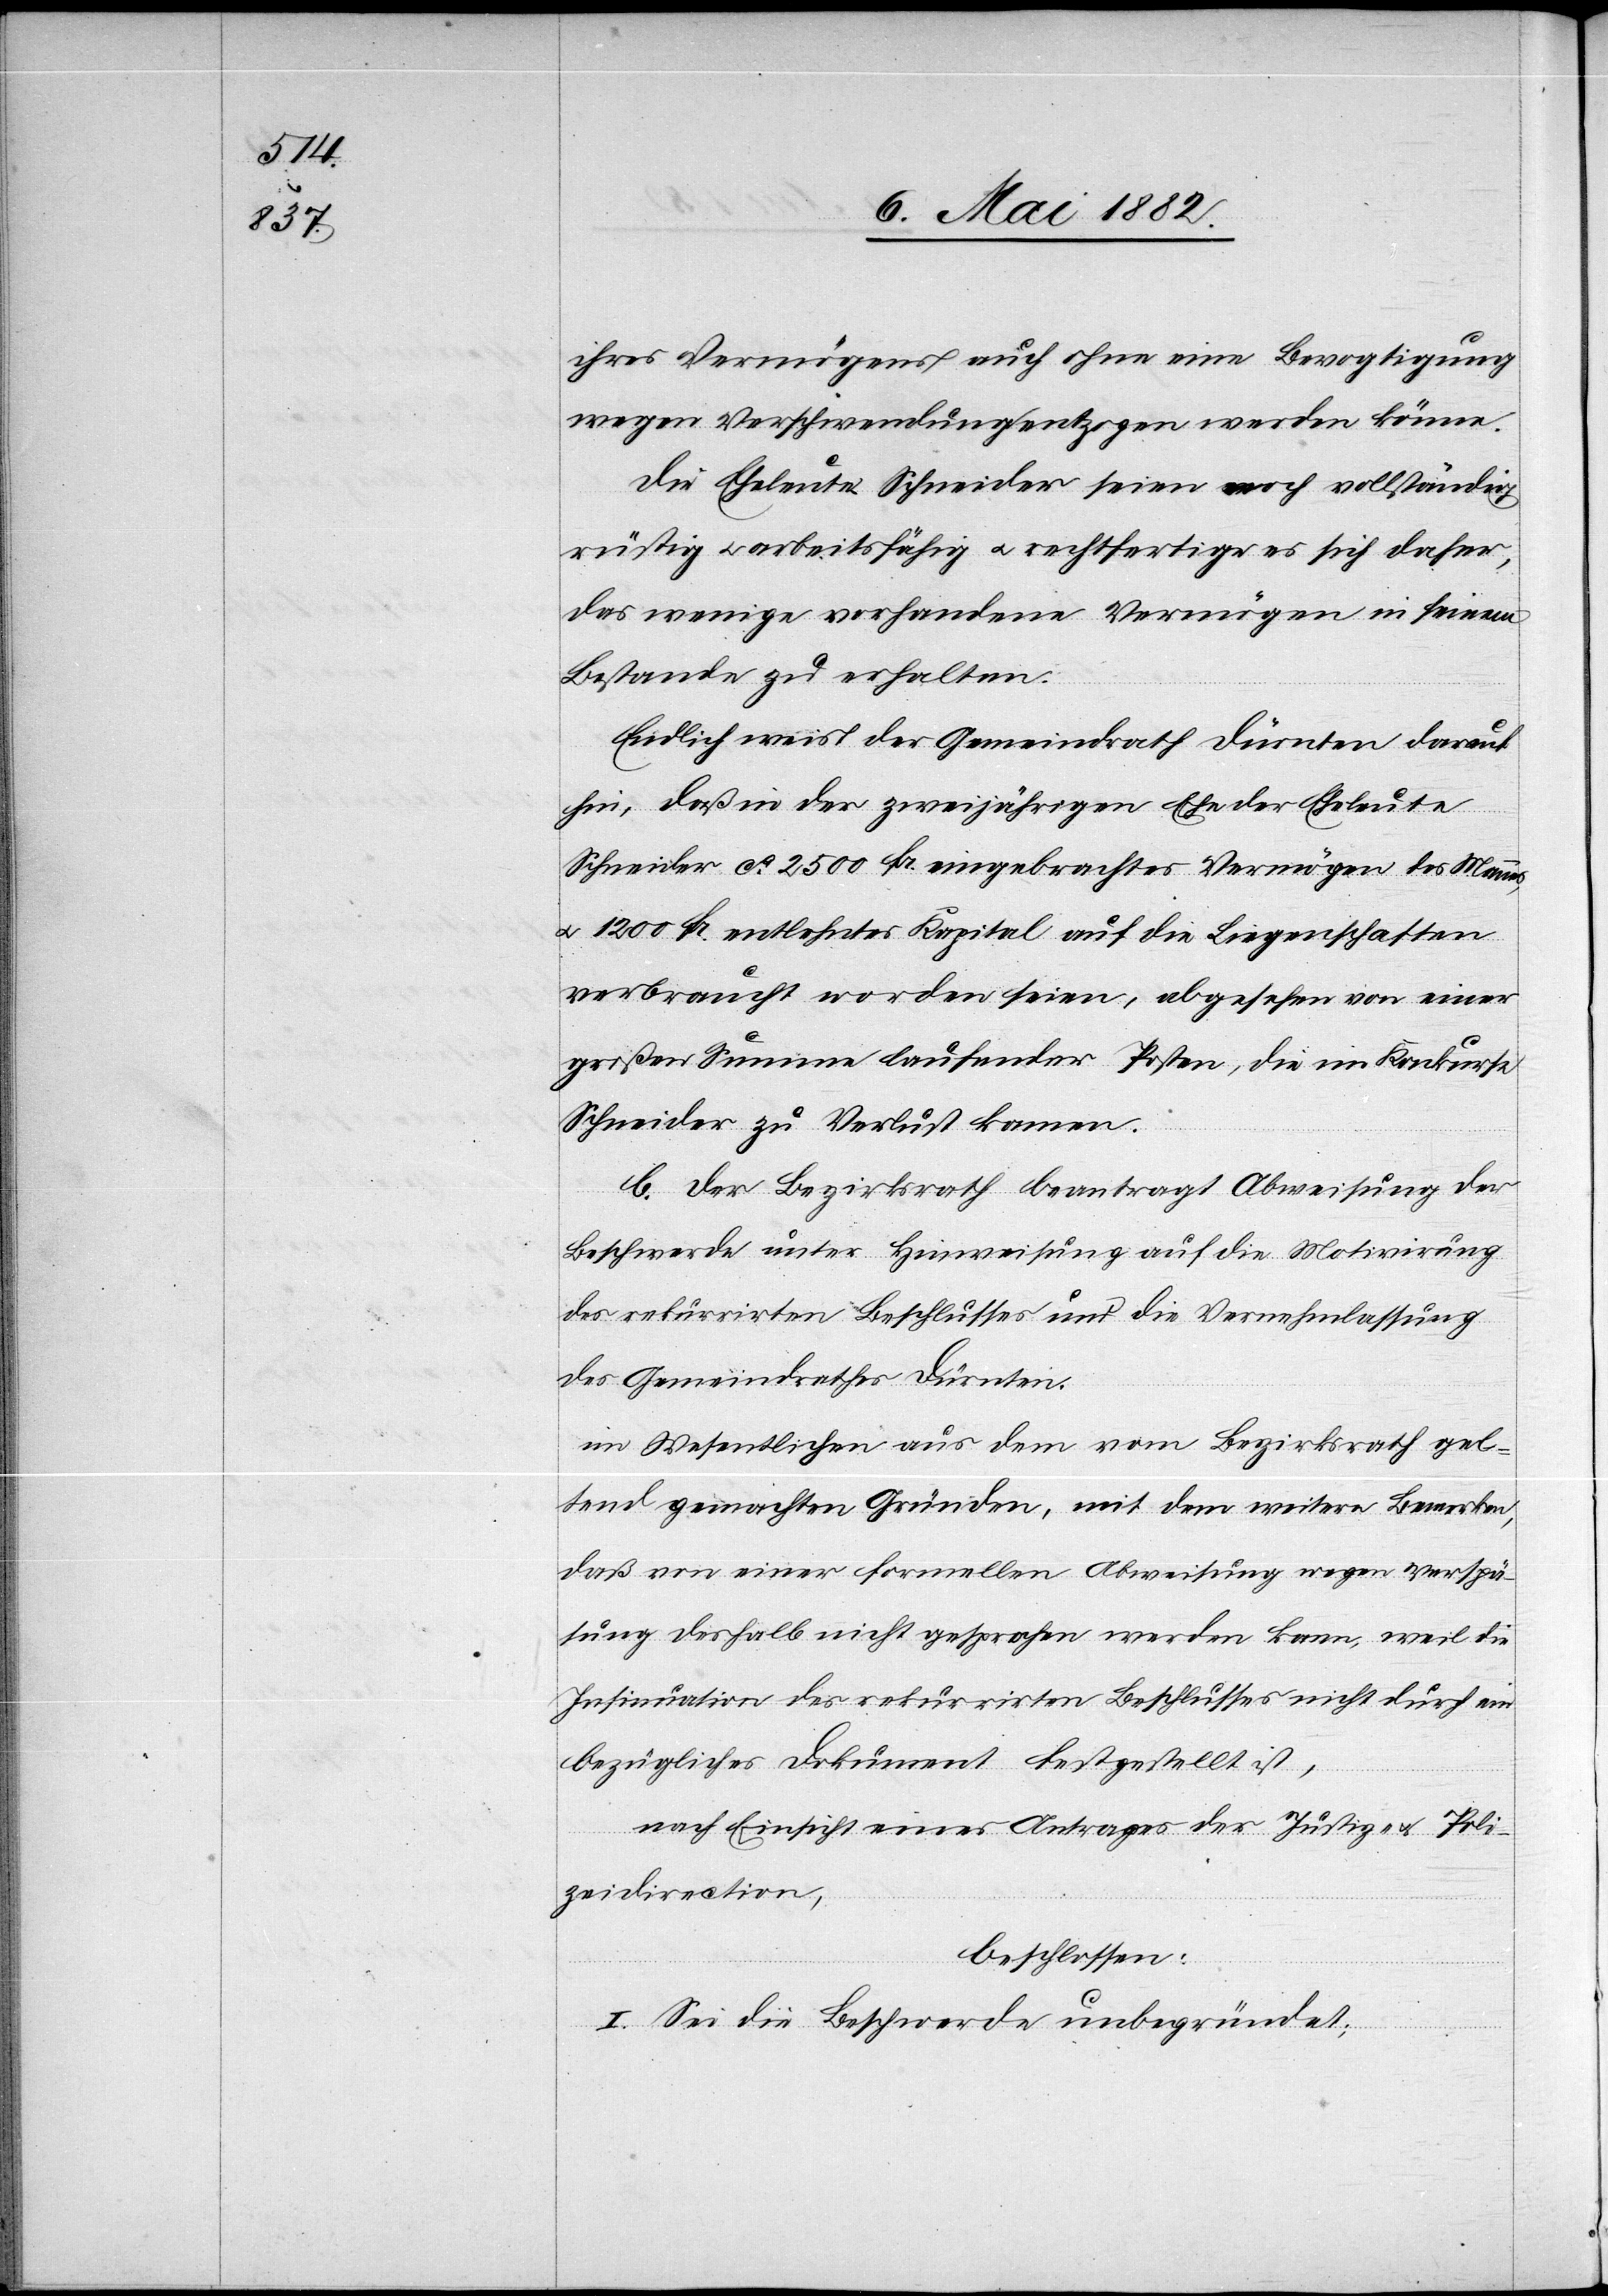
ihres Vermögens auch ohne eine Bevogtigung
wegen Verschwendung entzogen werden könne.
Die Eheleute Schneider seien noch vollständig
rüstig u. arbeitsfähig u. rechtfertige es sich daher,
das wenige vorhandene Vermögen in seinem
Bestande zu erhalten.
Endlich weist der Gemeindrath Dürnten darauf
hin, daß in der zweijährigen Ehe der Eheleute
Schneider ca 2500 Fr. eingebrachtes Vermögen des Mannes
u. 1200 Fr. entlehntes Kapital auf die Liegenschaften
verbraucht worden seien, abgesehen von einer
großen Summe laufender Posten, die im Konkurse
Schneider zu Verlust kamen.
b. Der Bezirksrath beantragt Abweisung der
Beschwerde unter Hinweisung auf die Motivirung
des rekurrirten Beschlusses und die Vernehmlassung
des Gemeindrathes Dürnten.
im Wesentlichen aus dem [recte: den] vom Bezirksrath gel¬
tend gemachten Gründen, mit dem weitern Bemerken,
daß von einer formellen Abweisung wegen Verspä¬
tung deshalb nicht gesprochen werden kann, weil die
Insinuation des rekurrirten Beschlusses nicht durch ein
bezügliches Dokument festgestellt ist,
nach Einsicht eines Antrages der Justiz- & Poli¬
zeidirektion,
beschlossen:
I. Sei die Beschwerde unbegründet.